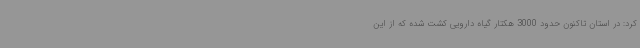
کرد: در استان تاکنون حدود 3000 هکتار گیاه دارویی کشت شده که از این